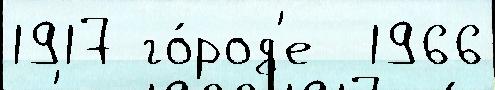
1917 го́род'е  1966